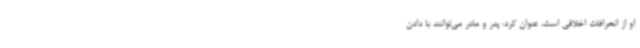
او از انحرافات اخلاقی است، عنوان کرد: پدر و مادر می‌توانند با دادن